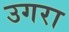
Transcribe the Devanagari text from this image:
उगरा